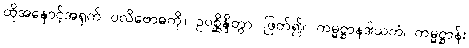
ထိုအနှောင့်အရှက် ပလိဗောဓကို။ ဥပစ္ဆိန္ဒိတွာ၊ ဖြတ်၍။ ကမ္မဋ္ဌာနဒါယကံ၊ ကမ္မဋ္ဌာန်း